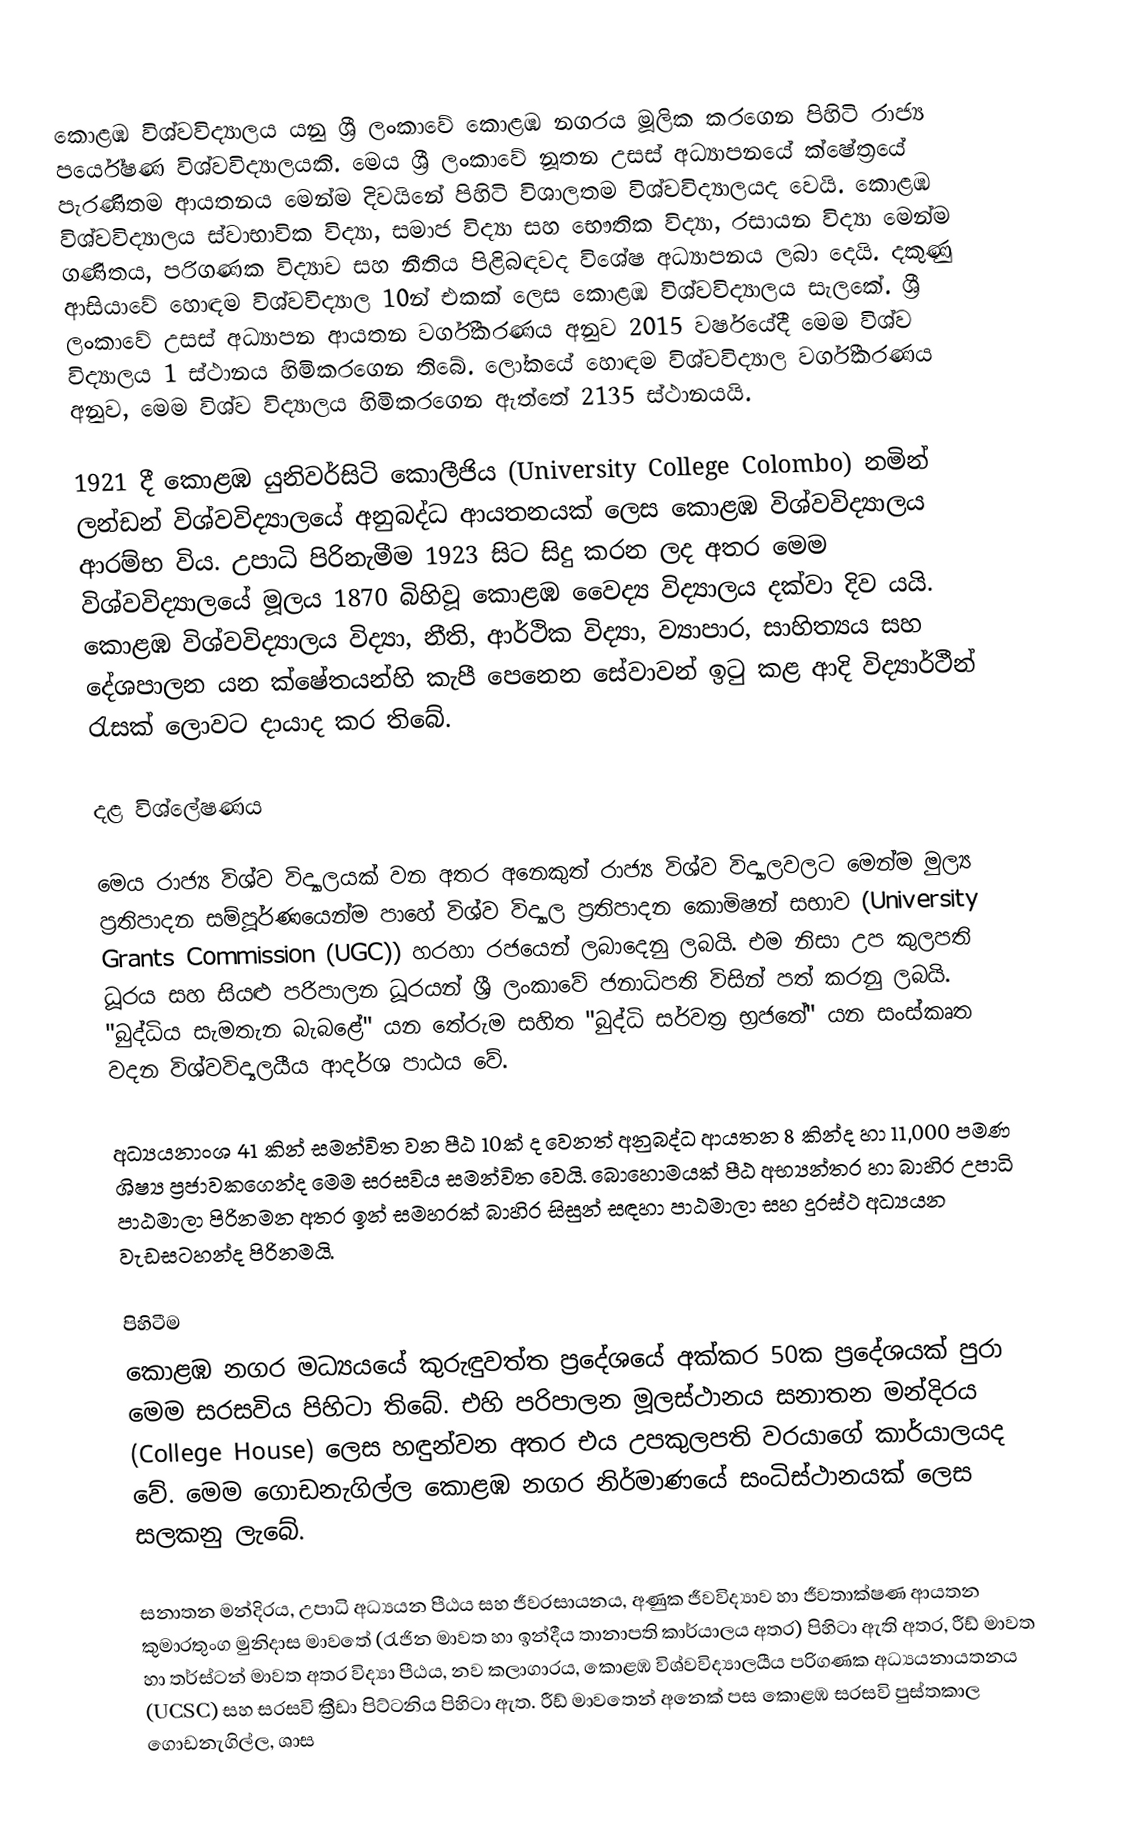
කොළඹ විශ්වවිද්‍යාලය යනු ශ්‍රී ලංකාවේ කොළඹ නගරය මූලික කරගෙන පිහිටි රාජ්‍ය පර්යේෂණ විශ්වවිද්‍යාලයකි. මෙය ශ්‍රී ලංකාවේ නූතන උසස් අධ්‍යාපනයේ ක්ෂේත්‍රයේ පැරණිතම ආයතනය මෙන්ම දිවයිනේ පිහිටි විශාලතම විශ්වවිද්‍යාලයද වෙයි.  කොළඹ විශ්වවිද්‍යාලය ස්වාභාවික විද්‍යා, සමාජ විද්‍යා සහ භෞතික විද්‍යා, රසායන විද්‍යා මෙන්ම ගණිතය, පරිගණක විද්‍යාව සහ නීතිය පිළිබඳවද විශේෂ අධ්‍යාපනය ලබා දෙයි. දකුණු ආසියාවේ හොඳම විශ්වවිද්‍යාල 10න් එකක් ලෙස කොළඹ විශ්වවිද්‍යාලය සැලකේ.  ශ්‍රී ලංකාවේ උසස් අධ්‍යාපන ආයතන වර්ගීකරණය අනුව 2015 වර්ෂයේදී මෙම විශ්ව විද්‍යාලය 1 ස්‌ථානය හිමිකරගෙන තිබේ. ලෝකයේ හොඳම විශ්වවිද්‍යාල වර්ගීකරණය අනුව, මෙම විශ්ව විද්‍යාලය හිමිකරගෙන ඇත්තේ 2135 ස්‌ථානයයි.

1921 දී කොළඹ යුනිවර්සිටි කොලීජිය (University College Colombo) නමින් ලන්ඩන් විශ්වවිද්‍යාලයේ අනුබද්ධ ආයතනයක් ලෙස කොළඹ විශ්වවිද්‍යාලය ආරම්භ විය. උපාධි පිරිනැමීම 1923 සිට සිදු කරන ලද අතර මෙම විශ්වවිද්‍යාලයේ මූලය 1870 බිහිවූ කොළඹ වෛද්‍ය විද්‍යාලය දක්වා  දිව යයි. කොළඹ විශ්වවිද්‍යාලය විද්‍යා, නීති, ආර්ථික විද්‍යා, ව්‍යාපාර, සාහිත්‍යය සහ දේශපාලන යන ක්ෂේතයන්හි කැපී පෙනෙන සේවාවන් ඉ‍ටු කළ ආදි විද්‍යාර්ථීන් ‍රැසක් ලොවට දායාද කර තිබේ.

‍දළ විශ්ලේෂණය

මෙය රාජ්‍ය විශ්ව විද්‍යාලයක් වන අතර අනෙකුත් රාජ්‍ය විශ්ව විද්‍යාලවලට මෙන්ම මුල්‍ය ප්‍රතිපාදන සම්පූර්ණයෙන්ම පාහේ විශ්ව විද්‍යාල ප්‍රතිපාදන කොමිෂන් සභාව (University Grants Commission (UGC)) හරහා රජයෙන් ලබාදෙනු ලබයි. එම නිසා උප කුලපති ධූරය සහ සියළු පරිපාලන ධූරයන් ශ්‍රී ලංකාවේ ජනාධිපති විසින් පත් කරනු ලබයි.  "බුද්ධිය සැමතැන බැබළේ" යන තේරුම සහිත "බුද්ධි සර්වත්‍ර භ්‍රජතේ" යන සංස්කෘත වදන විශ්වවිද්‍යලයීය ආදර්ශ පාඨය වේ.

අධ්‍යයනාංශ 41 කින් සමන්විත වන පීඨ 10ක් ද වෙනත් අනුබද්ධ ආයතන 8 කින්ද හා 11,000 පමණ ශිෂ්‍ය ප්‍රජාවකගෙන්ද මෙම සරසවිය සමන්විත වෙයි. බොහොමයක් පීඨ අභ්‍යන්තර හා බාහිර උපාධි පාඨමාලා පිරිනමන අතර ඉන් සමහරක් බාහිර සිසුන් සඳහා පාඨමාලා සහ දුරස්ථ අධ්‍යයන වැඩසටහන්ද පිරිනමයි.

පිහිටීම
කොළඹ නගර මධ්‍යයයේ කුරුඳුවත්ත ප්‍රදේශයේ අක්කර 50ක ප්‍රදේශයක් පුරා මෙම සරසවිය පිහිටා තිබේ. එහි පරිපාලන මූලස්ථානය සනාතන මන්දිරය (College House) ලෙස හඳුන්වන අතර එය උපකුලපති වරයාගේ කාර්යාලයද වේ. මෙම ගොඩනැගිල්ල කොළඹ නගර නිර්මාණයේ සංධිස්ථානයක් ලෙස සලකනු ලැබේ.

සනාතන මන්දිරය, උපාධි අධ්‍යයන පීඨය සහ ජීවරසායනය, අණුක ජීවවිද්‍යාව හා ජීවතාක්ෂණ ආයතන කුමාරතුංග මුනිදාස මාවතේ (‍රැජින මාවත හා ඉන්දීය තානාපති කාර්යාලය අතර) පිහිටා ඇති අතර, රීඩ් මාවත හා තර්ස්ටන් මාවත අතර විද්‍යා පීඨය, නව කලාගාරය, කොළඹ විශ්වවිද්‍යාලයීය පරිගණක අධ්‍යයනායතනය (UCSC) සහ සරසවි ක්‍රීඩා පිට්ටනිය පිහිටා ඇත. රීඩ් මාවතෙන් අනෙක් පස කොළඹ සරසවි පුස්තකාල ගොඩනැගිල්ල, ශාස